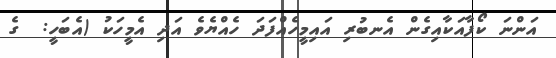
އަންނަ ކޯފާއަކާއިގެން އެނބުރި އައިމީހެއްފަދަ ހެއްޔެވެ އަދި އެމީހަކު (އެބަހީ:  ގެ